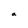
Character: a